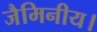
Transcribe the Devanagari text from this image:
जैमिनीय।